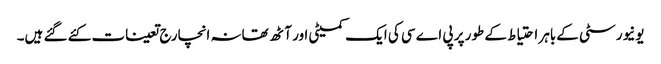
یونیورسٹی کےباہر احتیاط کے طور پر پی اے سی کی ایک کمیٹی اور آٹھ تھانہ انچارج تعینات کئے گئے ہیں۔